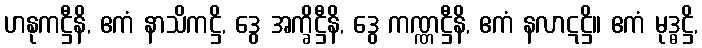
ဟနုကဋ္ဌီနိ, ဧကံ နာသိကဋ္ဌိ, ဒွေ အက္ခိဋ္ဌီနိ, ဒွေ ကဏ္ဏဋ္ဌီနိ, ဧကံ နလာဋဋ္ဌိ။ ဧကံ မုဒ္ဓဋ္ဌိ,